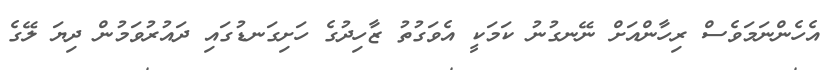
އެހެންނަމަވެސް ރިހާންއަށް ނޭނގުނު ކަމަކީ އެވަގުތު ޒާހިދުގެ ހަށިގަނޑުގައި ދައުރުވަމުން ދިޔަ ލޭގެ